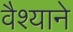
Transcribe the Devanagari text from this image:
वैश्याने